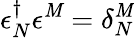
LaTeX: \epsilon_{N}^{\dagger}\epsilon^{\mathit{M}}=\delta_{N}^{\mathit{M}}